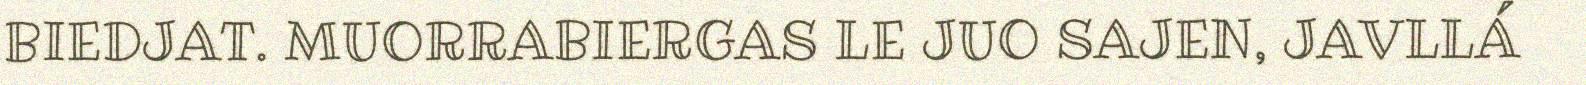
BIEDJAT. MUORRABIERGAS LE JUO SAJEN, JAVLLÁ